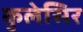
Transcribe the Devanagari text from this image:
कुलेसिर